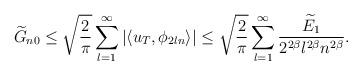
LaTeX: \begin{align*}\widetilde G_{n0} \le \sqrt{\dfrac{2}{\pi}}\sum_{l=1}^\infty \left| {\langle u_T,{\phi _{2ln}}\rangle } \right|\le \sqrt {\frac{2}{\pi }} \sum\limits_{l = 1}^\infty \frac{ \widetilde E_1 }{2^{2\beta}l^{2\beta} n^{2\beta}} .\end{align*}